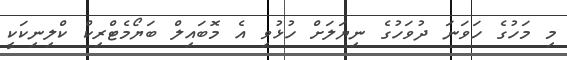
މި މަހުގެ ހަވަނަ ދުވަހުގެ ނިޔަލަށް ހުޅުވި އެ މޮބައިލް ބަޔޯމެޓްރިކް ކްލިނިކަކީ